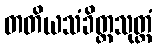
တတိယသံခိတ္တသုတ္တံ